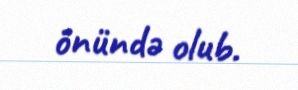
önündə olub.